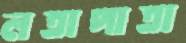
লতাপাতা